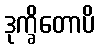
ဒုက္ခိတောပိ